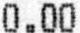
0.00